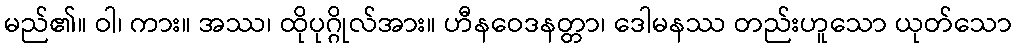
မည်၏။ ဝါ၊ ကား။ အဿ၊ ထိုပုဂ္ဂိုလ်အား။ ဟီနဝေဒနတ္တာ၊ ဒေါမနဿ တည်းဟူသော ယုတ်သော